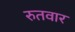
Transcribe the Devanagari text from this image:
रुतवार